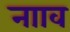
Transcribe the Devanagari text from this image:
नााव